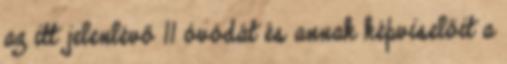
az itt jelenlévő 11 óvódát és annak képviselőit a